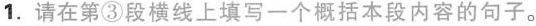
1.请在第③段横线上填写一个概括本段内容的句子。